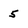
Character: 5